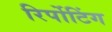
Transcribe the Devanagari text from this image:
रिर्पोटिंग